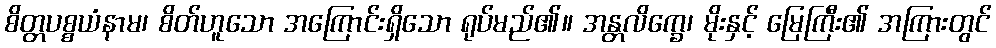
စိတ္တပစ္စယံနာမ၊ စိတ်ဟူသော အကြောင်းရှိသော ရုပ်မည်၏။ အန္တလိက္ခေ၊ မိုးနှင့် မြေကြီး၏ အကြားတွင်